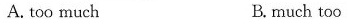
A. too much B. much too